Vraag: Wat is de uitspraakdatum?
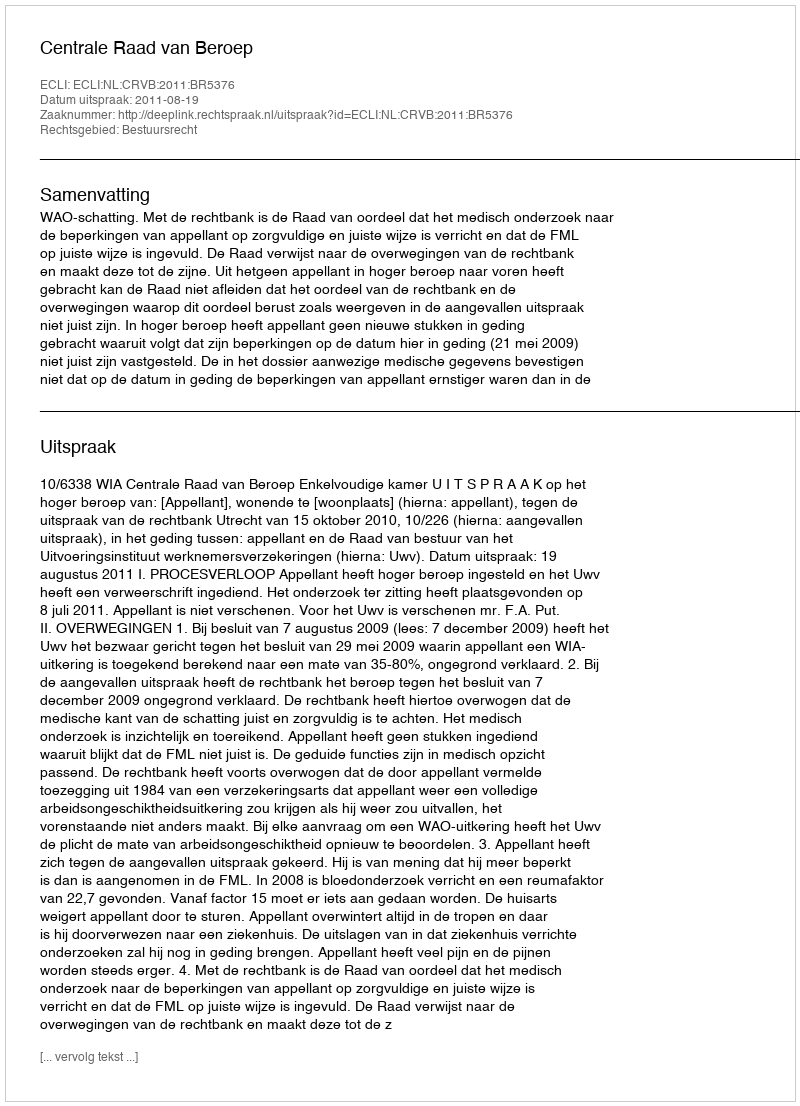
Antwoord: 2011-08-19